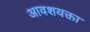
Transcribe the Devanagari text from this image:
आवशयक्ता